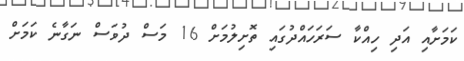
ކަމަށާއި އަދި ހިއްކާ ސަރަހައްދުގައި ތޮށިލުމަށް 16 މަސް ދުވަސް ނަގާނެ ކަމަށް